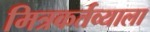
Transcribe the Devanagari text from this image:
मित्रकर्तव्याला